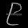
Digit: ၉